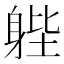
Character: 𨉉